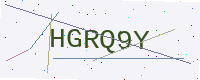
Text: HGRQ9Y